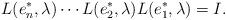
LaTeX: \begin{align*}L(e^*_n,\lambda)\cdots L(e^*_2,\lambda)L(e^*_1,\lambda)=I.\end{align*}